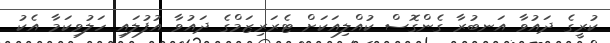
ކުރީގެ ދައުވާ އަނބުރާ ގެންގޮސް ކުއްލިއަކަށް ޓެރަރިޒަމްގެ ދައުވާ އުފުލައި ހަލުވިކަމާ އެކު